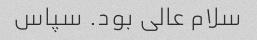
سلام عالی بود. سپاس